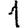
Digit: 1